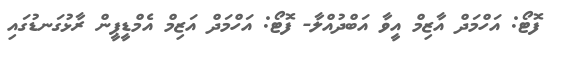
ފޮޓޯ: އަހްމަދް އާޒިމް އީވާ އަބްދުއްލާ- ފޮޓޯ: އަހްމަދް އަޒިމް އެމްޑީޕީން ރާޅުގަނޑުގައި